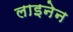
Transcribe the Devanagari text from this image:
लाइनेन